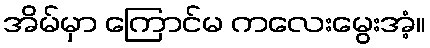
အိမ်မှာ ကြောင်မ ကလေးမွေးအံ့။